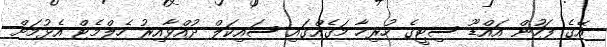
އޭގެ ފަހުން އައްޑޫ ސިޓީގެ ހުރިހާ މަގެއްގައި ސައިކަލް ދުއްވާއިރު ހެލްމެޓް އެޅުމަށް